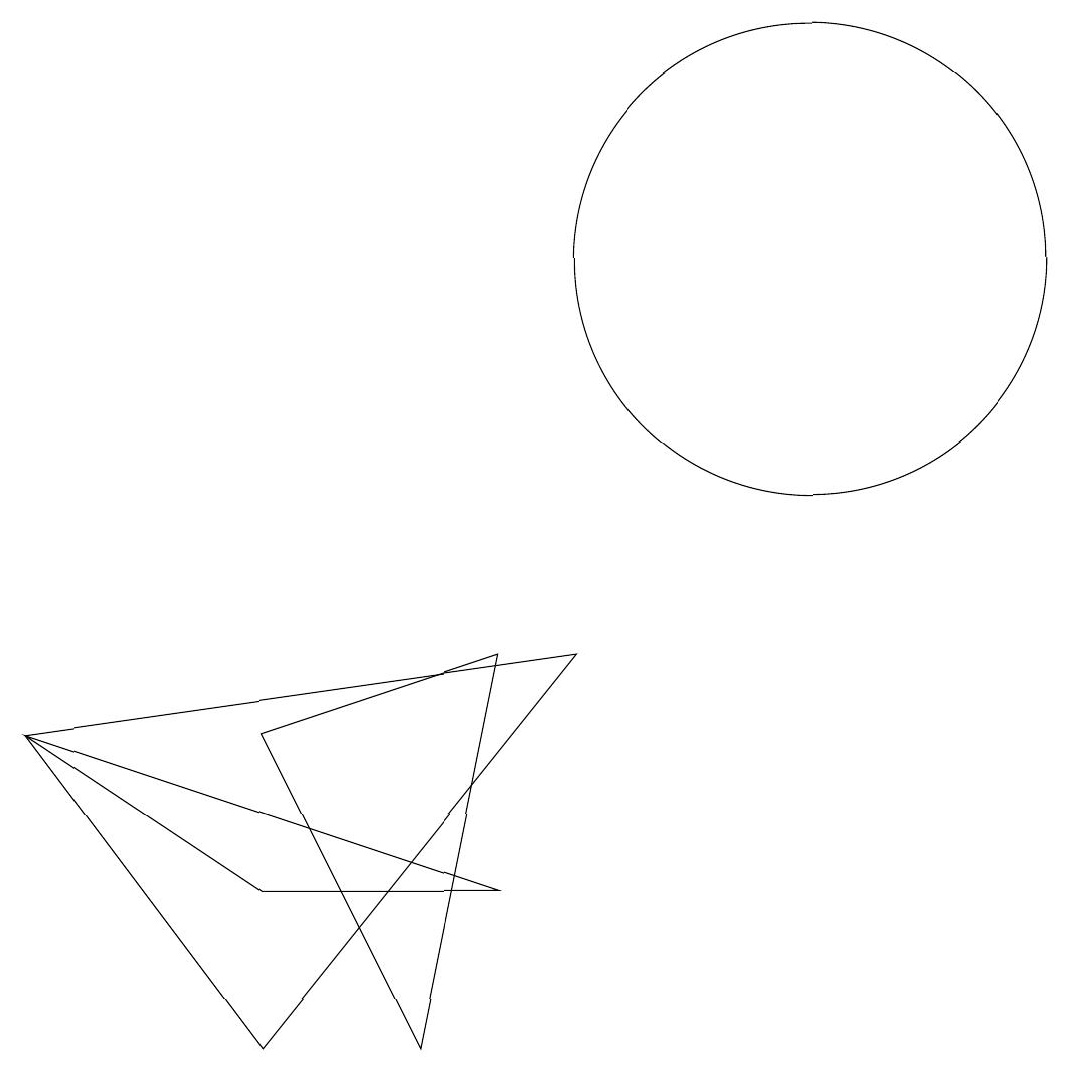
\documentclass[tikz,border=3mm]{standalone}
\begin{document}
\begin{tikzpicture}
\draw (3,2) -- (0,4) -- (6,2) -- cycle;
\draw (5,0) -- (3,4) -- (6,5) -- cycle;
\draw (3,0) -- (7,5) -- (0,4) -- cycle;
\draw (10,10) circle (3);
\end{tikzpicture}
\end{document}